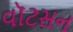
વૉટસન